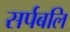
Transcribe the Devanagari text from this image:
सर्पबलि